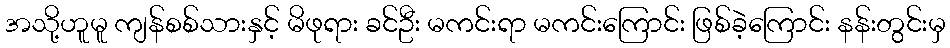
အသို့ဟူမူ ကျန်စစ်သားနှင့် မိဖုရား ခင်ဦး မကင်းရာ မကင်းကြောင်း ဖြစ်ခဲ့ကြောင်း နန်းတွင်းမှ